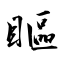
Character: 瞘